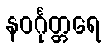
နဝင်္ဂုတ္တရေ